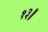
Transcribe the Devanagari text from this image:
१३॥